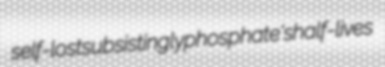
self-lost subsistingly phosphate's half-lives